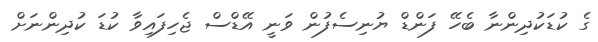
ގެ ކުޑަކުދިންނާ ބެހޭ ފަންޑް ޔުނިސެފުން ވަނީ އޭޑްސް ޖެހިފައިވާ ކުޑަ ކުދިންނަށް